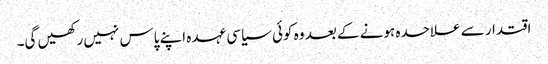
اقتدار سے علاحدہ ہونے کے بعد وہ کوئی سیاسی عہدہ اپنے پاس نہیں رکھیں گی۔